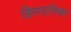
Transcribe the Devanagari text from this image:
हिस्पानिका